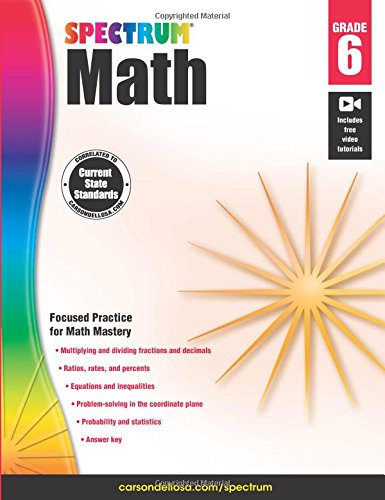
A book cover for Spectrum Math Workbook, Grade 6; Children's Books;